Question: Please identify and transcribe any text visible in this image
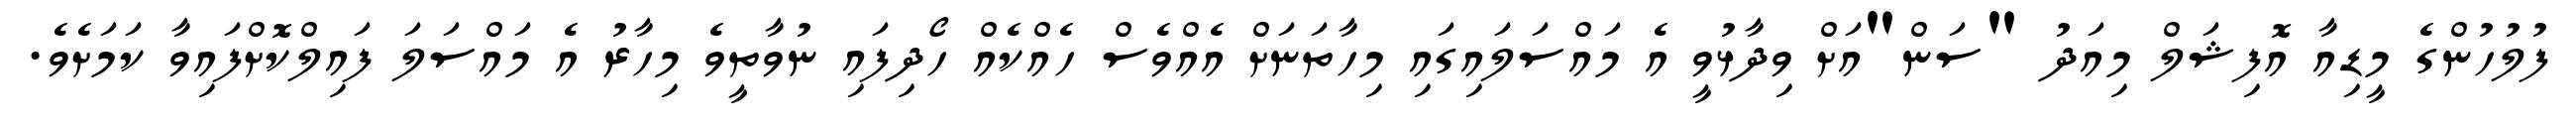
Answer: ފުލުހުންގެ މީޑިއާ އޮފިޝަލް މިއަދު "ސަން"އަށް ވިދާޅުވީ އެ މައްސަލައިގައި މިހާތަނަށް އެއްވެސް ހެއްކެއް ހޯދިފައި ނުވާތީވެ މިހާރު އެ މައްސަލަ ފައިލްކޮށްފައިވާ ކަމަށެވެ.